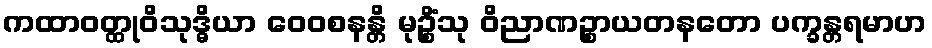
ကထာဝတ္ထုဝိသုဒ္ဓိယာ ဝေဝစနန္တိ မုဉ္စိံသု ဝိညာဏဉ္စာယတနတော ပက္ခန္တရမာဟ